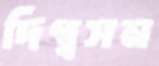
দিগ্বসন